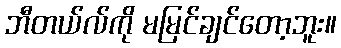
ဘီတယ်လ်ကို မမြင်ချင်တော့ဘူး။